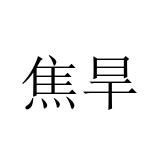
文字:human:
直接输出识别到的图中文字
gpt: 焦旱